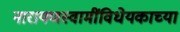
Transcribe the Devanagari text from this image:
नारायणस्वामींविधेयकाच्या